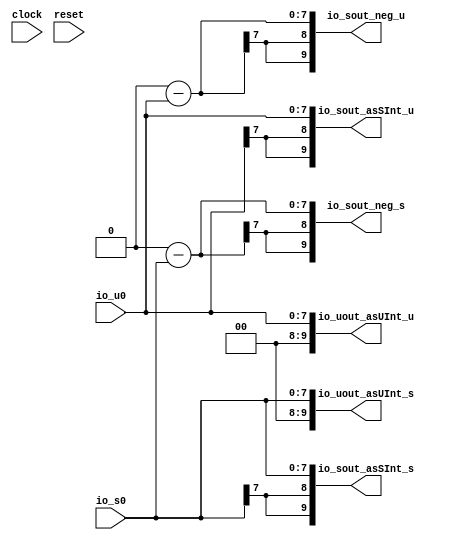
module Cvt(
  input        clock,
  input        reset,
  input  [7:0] io_u0,
  input  [7:0] io_s0,
  output [9:0] io_uout_asUInt_u,
  output [9:0] io_uout_asUInt_s,
  output [9:0] io_sout_asSInt_u,
  output [9:0] io_sout_asSInt_s,
  output [9:0] io_sout_neg_u,
  output [9:0] io_sout_neg_s
);
  wire [7:0] _T_21 = io_s0; // @[Cvt.scala 19:35]
  wire [7:0] _T_22 = io_u0; // @[Cvt.scala 20:35]
  wire [7:0] _T_27 = 8'sh0 - $signed(io_u0); // @[Cvt.scala 23:20]
  wire [7:0] _T_31 = 8'sh0 - $signed(io_s0); // @[Cvt.scala 24:20]
  assign io_uout_asUInt_u = {{2'd0}, io_u0}; // @[Cvt.scala 18:20]
  assign io_uout_asUInt_s = {{2'd0}, _T_21}; // @[Cvt.scala 19:35]
  assign io_sout_asSInt_u = {{2{_T_22[7]}},_T_22}; // @[Cvt.scala 20:35]
  assign io_sout_asSInt_s = {{2{io_s0[7]}},io_s0}; // @[Cvt.scala 21:20]
  assign io_sout_neg_u = {{2{_T_27[7]}},_T_27}; // @[Cvt.scala 23:20]
  assign io_sout_neg_s = {{2{_T_31[7]}},_T_31}; // @[Cvt.scala 24:20]
endmodule